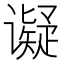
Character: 𬤩